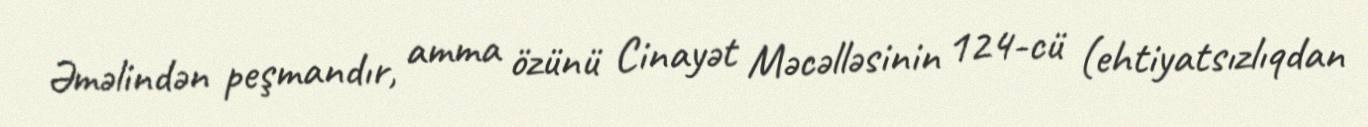
Əməlindən peşmandır, amma özünü Cinayət Məcəlləsinin 124-cü (ehtiyatsızlıqdan